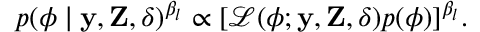
p ( \boldsymbol { \phi } \mid \mathbf { y } , \mathbf { Z } , \boldsymbol { \delta } ) ^ { \beta _ { l } } \propto [ \mathcal { L } ( \boldsymbol { \phi } ; \mathbf { y } , \mathbf { Z } , \boldsymbol { \delta } ) p ( \boldsymbol { \phi } ) ] ^ { \beta _ { l } } .